Civil Veterinary Dept. Bombay admin report 1893-99 - 1893-1899
Year: 1893
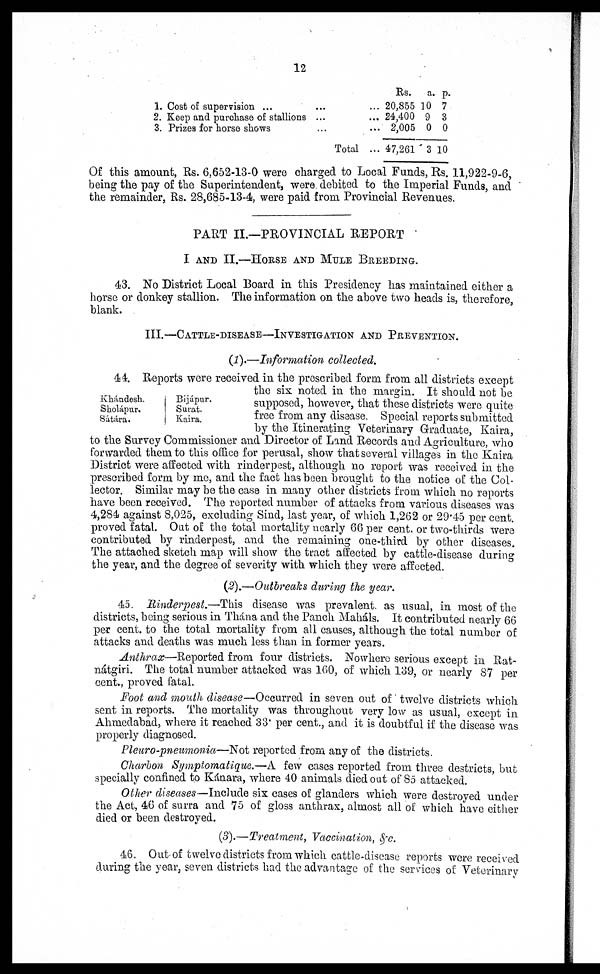
12
1.
2.
3.
Cost of supervision ...
... ...
Keep and purchase of stallions ... ...
Prizes for horse shows ... ...
Total ...
Rs.
20,855
24,400
2,005
47,261
a.
10
9
0
3
p.
7
3
0
10
Of this amount, Rs. 6,652-13-0 were charged to Local Funds, Rs. 11,922-9-6,
being the pay of the Superintendent, were debited to the Imperial Funds, and
the remainder, Rs. 28,685-13-4, were paid from Provincial Revenues.
PART II.—PROVINCIAL REPORT
I AND II.—HORSE AND MULE BREEDING.
43. No District Local Board in this Presidency has maintained either a
horse or donkey stallion. The information on the above two heads is, therefore,
blank.
III.—CATTLE-DISEASE—INVESTIGATION AND PREVENTION.
(1).—Information collected.
Khándesh.
Sholápur.
Sátára.
Bijápur.
Surat.
Kaira.
44. Reports were received in the prescribed form from all districts except
the six noted in the margin. It should not be
supposed, however, that these districts were quite
free from any disease. Special reports submitted
by the Itinerating Veterinary Graduate, Kaira,
to the Survey Commissioner and Director of Land Records and Agriculture, who
forwarded them to this office for perusal, show that several villages in the Kaira
District were affected with rinderpest, although no report was received in the
prescribed form by me, and the fact has been brought to the notice of the Col-
lector. Similar may be the case in many other districts from which no reports
have been received. The reported number of attacks from various diseases was
4,284 against 8,025, excluding Sind, last year, of which 1,262 or 29.45 per cent.
proved fatal. Out of the total mortality nearly 66 per cent. or two-thirds were
contributed by rinderpest, and the remaining one-third by other diseases.
The attached sketch map will show the tract affected by cattle-disease during
the year, and the degree of severity with which they were affected.
(2).—Outbreaks during the year.
45. Rinderpest.—This disease was prevalent as usual, in most of the
districts, being serious in Thána and the Panch Maháls. It contributed nearly 66
per cent. to the total mortality from all causes, although the total number of
attacks and deaths was much less than in former years.
Anthrax—Reported from four districts. Nowhere serious except in Rat-
nátgiri. The total number attacked was 160, of which 139, or nearly 87 per
cent., proved fatal.
Foot and mouth disease—Occurred in seven out of twelve districts which
sent in reports. The mortality was throughout very low as usual, except in
Ahmedabad, where it reached 33. per cent., and it is doubtful if the disease was
properly diagnosed.
Pleuro-pneumonia—Not reported from any of the districts.
Charbon Symptomatique.—A few cases reported from three destricts, but
specially confined to Kánara, where 40 animals died out of 85 attacked.
Other diseases—Include six cases of glanders which were destroyed under
the Act, 46 of surra and 75 of gloss anthrax, almost all of which have either
died or been destroyed.
(3).—Treatment, Vaccination, &c.
46. Out of twelve districts from which cattle-disease reports were received
during the year, seven districts had the advantage of the services of Veterinary